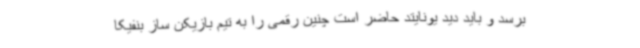
برسد و باید دید یونایتد حاضر است چنین رقمی را به تیم بازیکن ساز بنفیکا